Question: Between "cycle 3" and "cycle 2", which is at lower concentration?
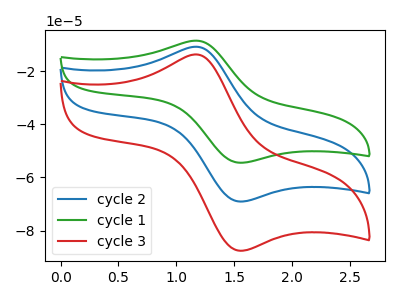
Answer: <think>The blue curve "cycle 2" has an anodic peak at (1.20V, -10.80uA) and a cathodic peak at (1.55V, -69.10uA). The green curve "cycle 1" has an anodic peak at (1.20V, -21.65uA) and a cathodic peak at (1.55V, -138.15uA). The red curve "cycle 3" has an anodic peak at (1.20V, -13.70uA) and a cathodic peak at (1.55V, -87.60uA).
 All the peaks in "cycle 3" have a peak in "cycle 2" at the same potential.</think>
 <answer>I cant tell if "cycle 3" or "cycle 2" has higher concentration.</answer>
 <eval>mixed_concentration</eval>